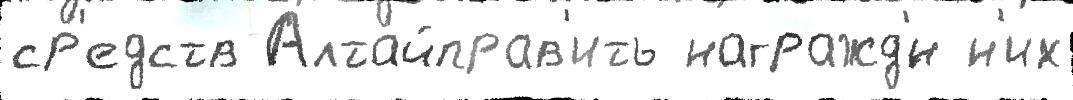
ср'едств Алтайправ'ить награжд'́н н'их